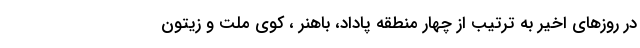
در روزهای اخیر به ترتیب از چهار منطقه پاداد، باهنر ، کوی ملت و زیتون